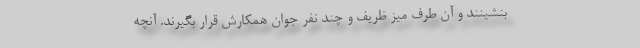
بنشینند و آن طرف میز ظریف و چند نفر جوان همکارش قرار بگیرند. آنچه